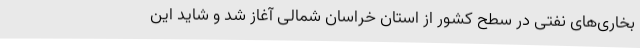
بخاری‌های نفتی در سطح کشور از استان خراسان شمالی آغاز شد و شاید این